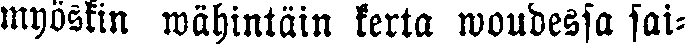
myöskin wähintäin kerta wuodessa sai-